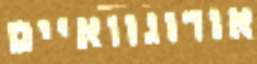
אורוגוואיים